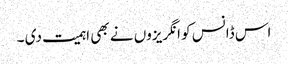
اس ڈانس کو انگریزوں نے بھی اہمیت دی ۔